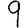
Digit: 9